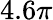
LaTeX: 4.6\pi